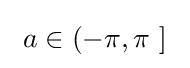
\ a\in \left(-\pi ,\pi \ \right]\